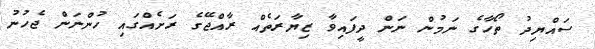
ސައްޔިދު ތޯހާގެ ނަމުން ނަން ދީފައިވާ ޒިޔާރަތެއް ރާއްޖޭގެ ރަށެއްގައި ހުންނަން ޖެހުނު